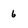
Character: 6